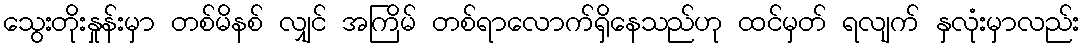
သွေးတိုးနှုန်းမှာ တစ်မိနစ် လျှင် အကြိမ် တစ်ရာလောက်ရှိနေသည်ဟု ထင်မှတ် ရလျက် နှလုံးမှာလည်း